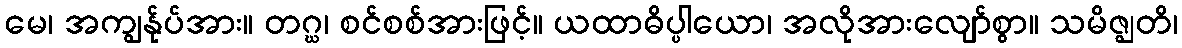
မေ၊ အကျွန်ုပ်အား။ တဂ္ဃ၊ စင်စစ်အားဖြင့်။ ယထာဓိပ္ပါယော၊ အလိုအားလျော်စွာ။ သမိဇ္ဈတိ၊